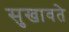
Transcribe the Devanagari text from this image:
सुखावते